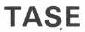
TASE